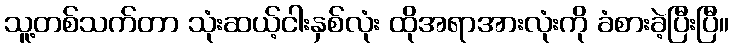
သူ့တစ်သက်တာ သုံးဆယ့်ငါးနှစ်လုံး ထိုအရာအားလုံးကို ခံစားခဲ့ပြီးပြီ။